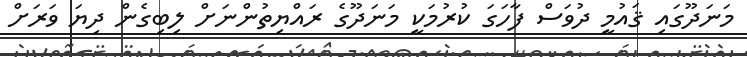
މަނަދޫގައި ޤައުމީ ދުވަސް ފާހަގަ ކުރުމަކީ މަނަދޫގެ ރައްޔިތުންނަށް ލިބިގެން ދިޔަ ވަރަށް